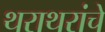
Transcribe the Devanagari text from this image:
थराथरांचे